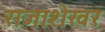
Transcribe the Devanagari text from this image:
राजाशेखर